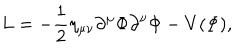
L = - \frac { 1 } { 2 } \eta _ { \mu \nu } \partial ^ { \mu } \Phi \partial ^ { \nu } \Phi - V ( \Phi ) ,